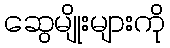
ဆွေမျိုးများကို